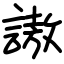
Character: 謸